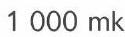
1 000 mk